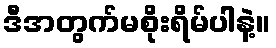
ဒီအတွက်မစိုးရိမ်ပါနဲ့။